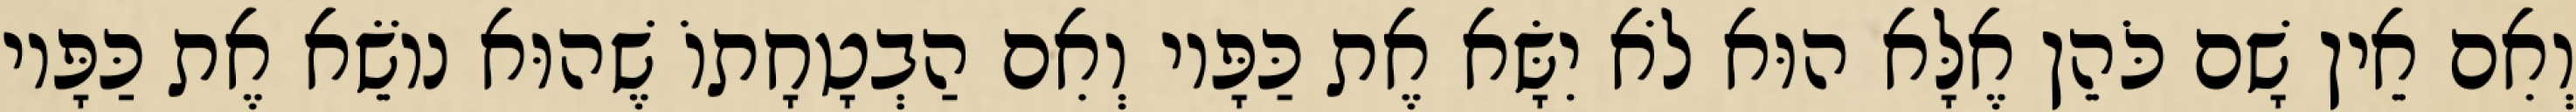
וְאִם אֵין שָׁם כֹּהֵן אֶלָּא הוּא לֹא יִשָּׂא אֶת כַּפָּיו וְאִם הַבְטָחָתוֹ שֶׁהוּא נוֹשֵׂא אֶת כַּפָּיו